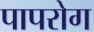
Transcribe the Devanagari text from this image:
पापरोग